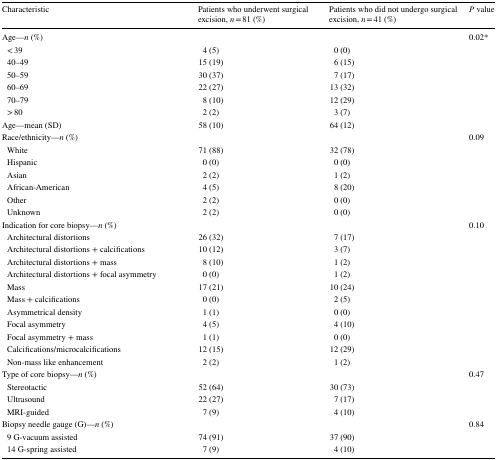
| Characteristic | Patients who underwent surgical excision, n = 81 (%) | Patients who did not undergo surgical excision, n = 41 (%) | P value |
 | --- | --- | --- | --- |
 | Age—n (%) |  |  | 0.02* |
 | < 39 | 4 (5) | 0 (0) |  |
 | 40–49 | 15 (19) | 6 (15) |  |
 | 50–59 | 30 (37) | 7 (17) |  |
 | 60–69 | 22 (27) | 13 (32) |  |
 | 70–79 | 8 (10) | 12 (29) |  |
 | > 80 | 2 (2) | 3 (7) |  |
 | Age—mean (SD) | 58 (10) | 64 (12) |  |
 | Race/ethnicity—n (%) |  |  | 0.09 |
 | White | 71 (88) | 32 (78) |  |
 | Hispanic | 0 (0) | 0 (0) |  |
 | Asian | 2 (2) | 1 (2) |  |
 | African-American | 4 (5) | 8 (20) |  |
 | Other | 2 (2) | 0 (0) |  |
 | Unknown | 2 (2) | 0 (0) |  |
 | Indication for core biopsy—n (%) |  |  | 0.10 |
 | Architectural distortions | 26 (32) | 7 (17) |  |
 | Architectural distortions + calcifications | 10 (12) | 3 (7) |  |
 | Architectural distortions + mass | 8 (10) | 1 (2) |  |
 | Architectural distortions + focal asymmetry | 0 (0) | 1 (2) |  |
 | Mass | 17 (21) | 10 (24) |  |
 | Mass + calcifications | 0 (0) | 2 (5) |  |
 | Asymmetrical density | 1 (1) | 0 (0) |  |
 | Focal asymmetry | 4 (5) | 4 (10) |  |
 | Focal asymmetry + mass | 1 (1) | 0 (0) |  |
 | Calcifications/microcalcifications | 12 (15) | 12 (29) |  |
 | Non-mass like enhancement | 2 (2) | 1 (2) |  |
 | Type of core biopsy—n (%) |  |  | 0.47 |
 | Stereotactic | 52 (64) | 30 (73) |  |
 | Ultrasound | 22 (27) | 7 (17) |  |
 | MRI-guided | 7 (9) | 4 (10) |  |
 | Biopsy needle gauge (G)—n (%) |  |  | 0.84 |
 | 9 G-vacuum assisted | 74 (91) | 37 (90) |  |
 | 14 G-spring assisted | 7 (9) | 4 (10) |  |